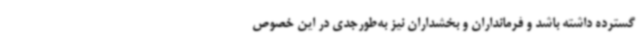
گسترده داشته باشد و فرمانداران و بخشداران نیز به‌طورجدی در این خصوص